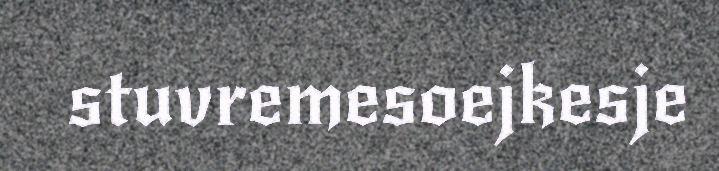
stuvremesoejkesje